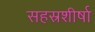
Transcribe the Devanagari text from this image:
सहस्रशीर्षा